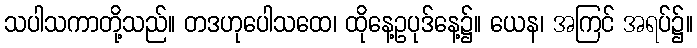
သပါသကာတို့သည်။ တဒဟုပေါသထေ၊ ထိုနေ့ဥပုဒ်နေ့၌။ ယေန၊ အကြင် အရပ်၌။